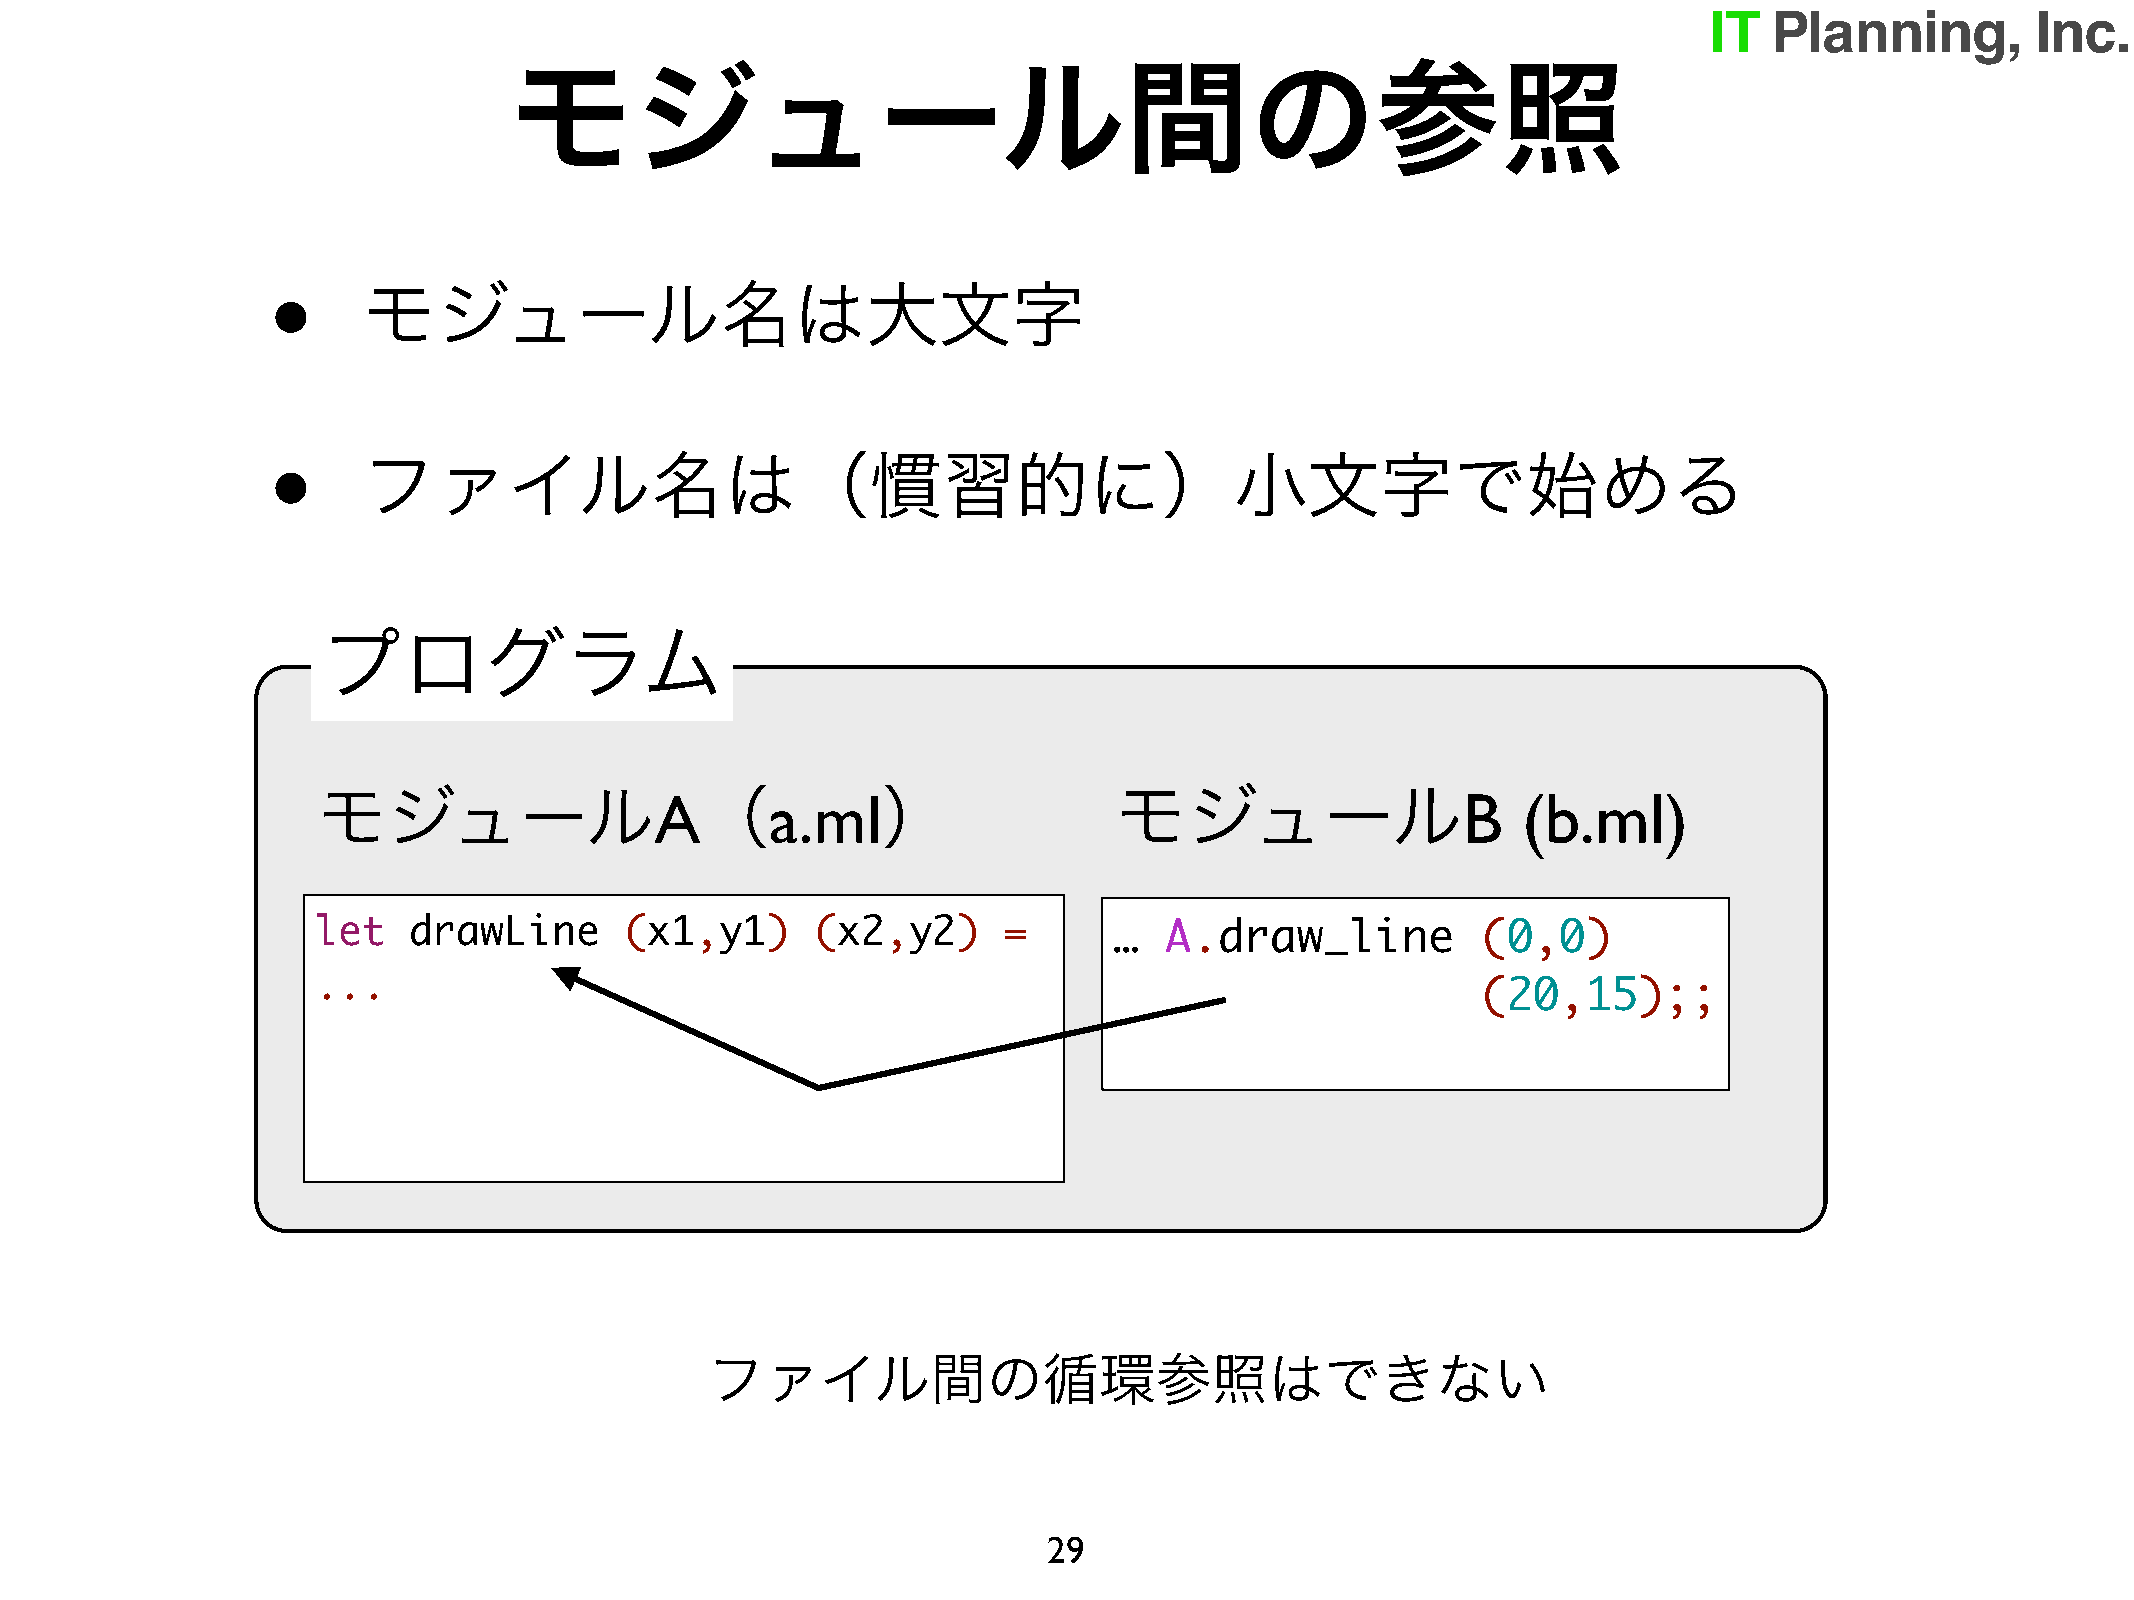
モジュール間の参照
 •
 モジュール名は大文字
 •
 ファイル名は（慣習的に）小文字で始める
 プログラム
 モジュール                 A（      a.ml）                  モジュール                  B   (b.ml)
 let   drawLine      (x1,y1)      (x2,y2)     =       …  A.draw_line          (0,0)
 ...
 (20,15);;
 ファイル間の循環参照はできない
 29